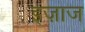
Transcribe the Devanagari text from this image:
इज़ाज